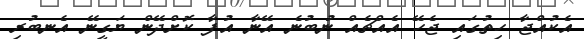
އެކުއްޖާ ހިތުގައި ޖެހޭ އެއްޗެއް ނުބުނެ އޭނާ އުފާ ކޮށްދޭން ޔަގީނޭ އެނބުރި